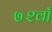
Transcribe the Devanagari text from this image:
७२वाँ